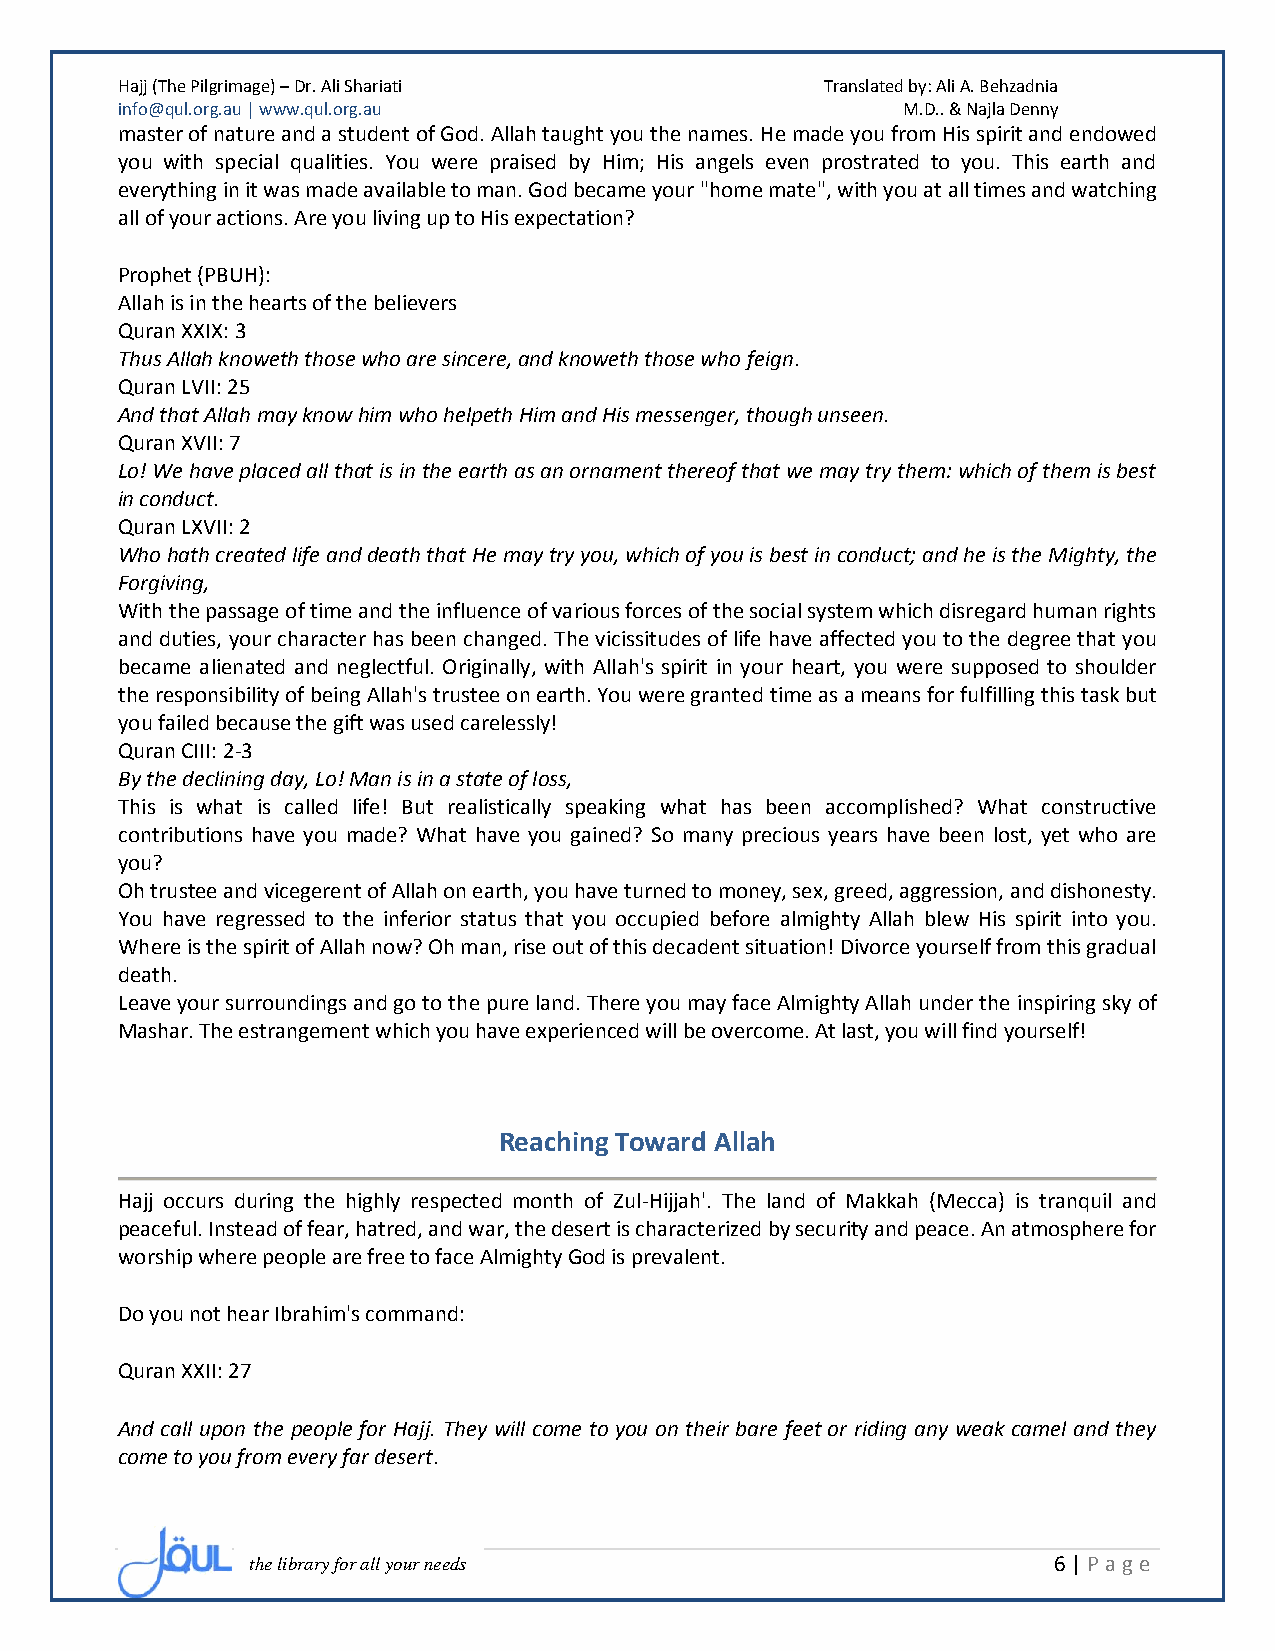
Hajj (The Pilgrimage) – Dr. Ali Shariati       Translated by: Ali A. Behzadnia
 info@qul.org.au | www.qul.org.au                    M.D.. & Najla Denny
 master of nature and a student of God. Allah taught you the names. He made you from His spirit and endowed
 you with special qualities. You were praised by Him; His angels even prostrated to you. This earth and
 everything in it was made available to man. God became your "home mate", with you at all times and watching
 all of your actions. Are you living up to His expectation?
 Prophet (PBUH):
 Allah is in the hearts of the believers
 Quran XXIX: 3
 Thus Allah knoweth those who are sincere, and knoweth those who feign.
 Quran LVII: 25
 And that Allah may know him who helpeth Him and His messenger, though unseen.
 Quran XVII: 7
 Lo! We have placed all that is in the earth as an ornament thereof that we may try them: which of them is best
 in conduct.
 Quran LXVII: 2
 Who hath created life and death that He may try you, which of you is best in conduct; and he is the Mighty, the
 Forgiving,
 With the passage of time and the influence of various forces of the social system which disregard human rights
 and duties, your character has been changed. The vicissitudes of life have affected you to the degree that you
 became alienated and neglectful. Originally, with Allah's spirit in your heart, you were supposed to shoulder
 the responsibility of being Allah's trustee on earth. You were granted time as a means for fulfilling this task but
 you failed because the gift was used carelessly!
 Quran CIII: 2-3
 By the declining day, Lo! Man is in a state of loss,
 This is what is called life! But realistically speaking what has been accomplished? What constructive
 contributions have you made? What have you gained? So many precious years have been lost, yet who are
 you?
 Oh trustee and vicegerent of Allah on earth, you have turned to money, sex, greed, aggression, and dishonesty.
 You have regressed to the inferior status that you occupied before almighty Allah blew His spirit into you.
 Where is the spirit of Allah now? Oh man, rise out of this decadent situation! Divorce yourself from this gradual
 death.
 Leave your surroundings and go to the pure land. There you may face Almighty Allah under the inspiring sky of
 Mashar. The estrangement which you have experienced will be overcome. At last, you will find yourself!
 Reaching Toward Allah
 Hajj occurs during the highly respected month of Zul-Hijjah'. The land of Makkah (Mecca) is tranquil and
 peaceful. Instead of fear, hatred, and war, the desert is characterized by security and peace. An atmosphere for
 worship where people are free to face Almighty God is prevalent.
 Do you not hear Ibrahim's command:
 Quran XXII: 27
 And call upon the people for Hajj. They will come to you on their bare feet or riding any weak camel and they
 come to you from every far desert.
 the library for all your needs                       6 | P age